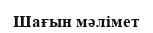
Шағын мәлімет